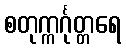
စတုက္ကင်္ဂုတ္တရေ